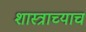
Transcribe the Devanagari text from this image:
शास्त्राच्याच